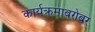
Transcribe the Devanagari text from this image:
कार्यक्रमाबरोबर